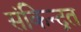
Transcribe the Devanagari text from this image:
संकेिन्द्रत